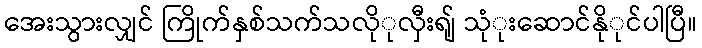
အေးသွားလျှင် ကြိုက်နှစ်သက်သလိုုလှီးရျ် သုုံးဆောင်နိုုင်ပါပြီ။